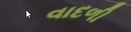
વાદળી